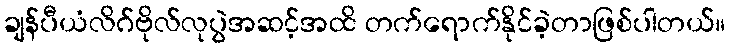
ချန်ပီယံလိဂ်ဗိုလ်လုပွဲအဆင့်အထိ တက်ရောက်နိုင်ခဲ့တာဖြစ်ပါတယ်။